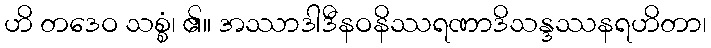
ဟိ တဒေဝ သစ္စံ၊ ၏။ အဿာဒါဒီနဝနိဿရဏာဒိသန္ဒဿနရဟိတာ၊